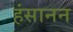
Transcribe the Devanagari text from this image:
हंसानन